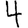
Digit: 4